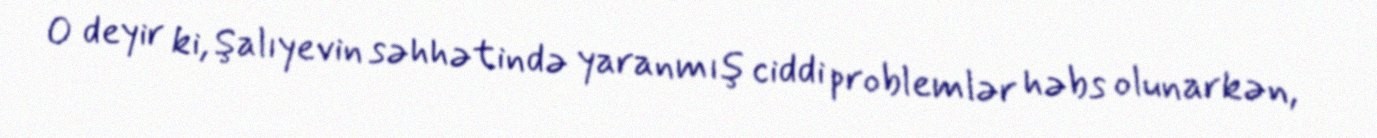
O deyir ki, Şalıyevin səhhətində yaranmış ciddi problemlər həbs olunarkən,